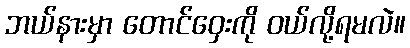
ဘယ်နားမှာ တောင်ဝှေးကို ဝယ်လို့ရမလဲ။